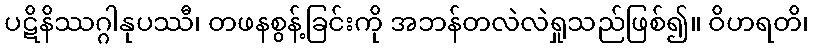
ပဋိနိဿဂ္ဂါနုပဿီ၊ တဖနစွန့်ခြင်းကို အဘန်တလဲလဲရှုသည်ဖြစ်၍။ ဝိဟရတိ၊